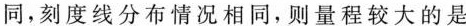
同，刻度线分布情况相同，则量程较大的是